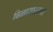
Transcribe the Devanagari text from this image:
बिळासारख्या